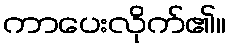
ကာပေးလိုက်၏။